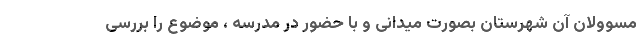
مسوولان آن شهرستان بصورت میدانی و با حضور در مدرسه ، موضوع را بررسی